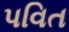
પવિત